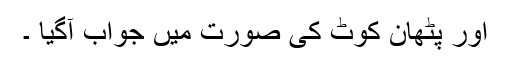
اور پٹھان کوٹ کی صورت میں جواب آگیا ۔